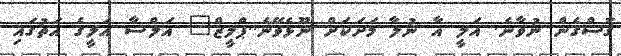
ގޮސްގެން ނުވާނެ. އަލީ އާ ނުލާ މަށަކަށް ނޫޅެވޭނެ..ޕްލީޒް" އަލްސާ އަލީގެ އަތުގައި